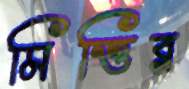
মিত্তির